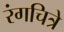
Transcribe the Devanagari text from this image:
रंगचित्रे